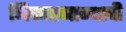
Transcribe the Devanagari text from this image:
निकाहनाम्याची